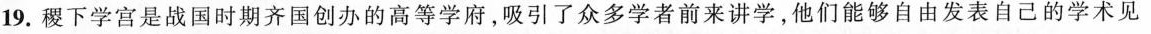
19.稷下学宫是战国时期齐国创办的高等学府，吸引了众多学者前来讲学，他们能够自由发表自己的学术见